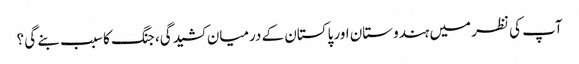
آپ کی نظر میں ہندوستان اور پاکستان کے درمیان کشیدگی، جنگ کا سبب بنے گی ؟